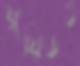
ফ্লুয়িডও